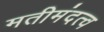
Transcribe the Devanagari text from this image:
मतीमंदत्व